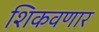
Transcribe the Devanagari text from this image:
शिकवणार